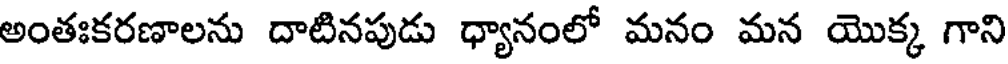
అంతఃకరణాలను దాటినపుడు ధ్యానంలో మనం మన యొక్క గాని